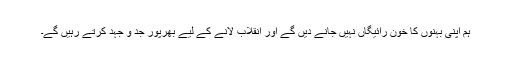
ہم اپنی بہنوں کا خون رائیگاں نہیں جانے دیں گے اور انقلاب لانے کے لیے بھرپور جد و جہد کرتے رہیں گے۔